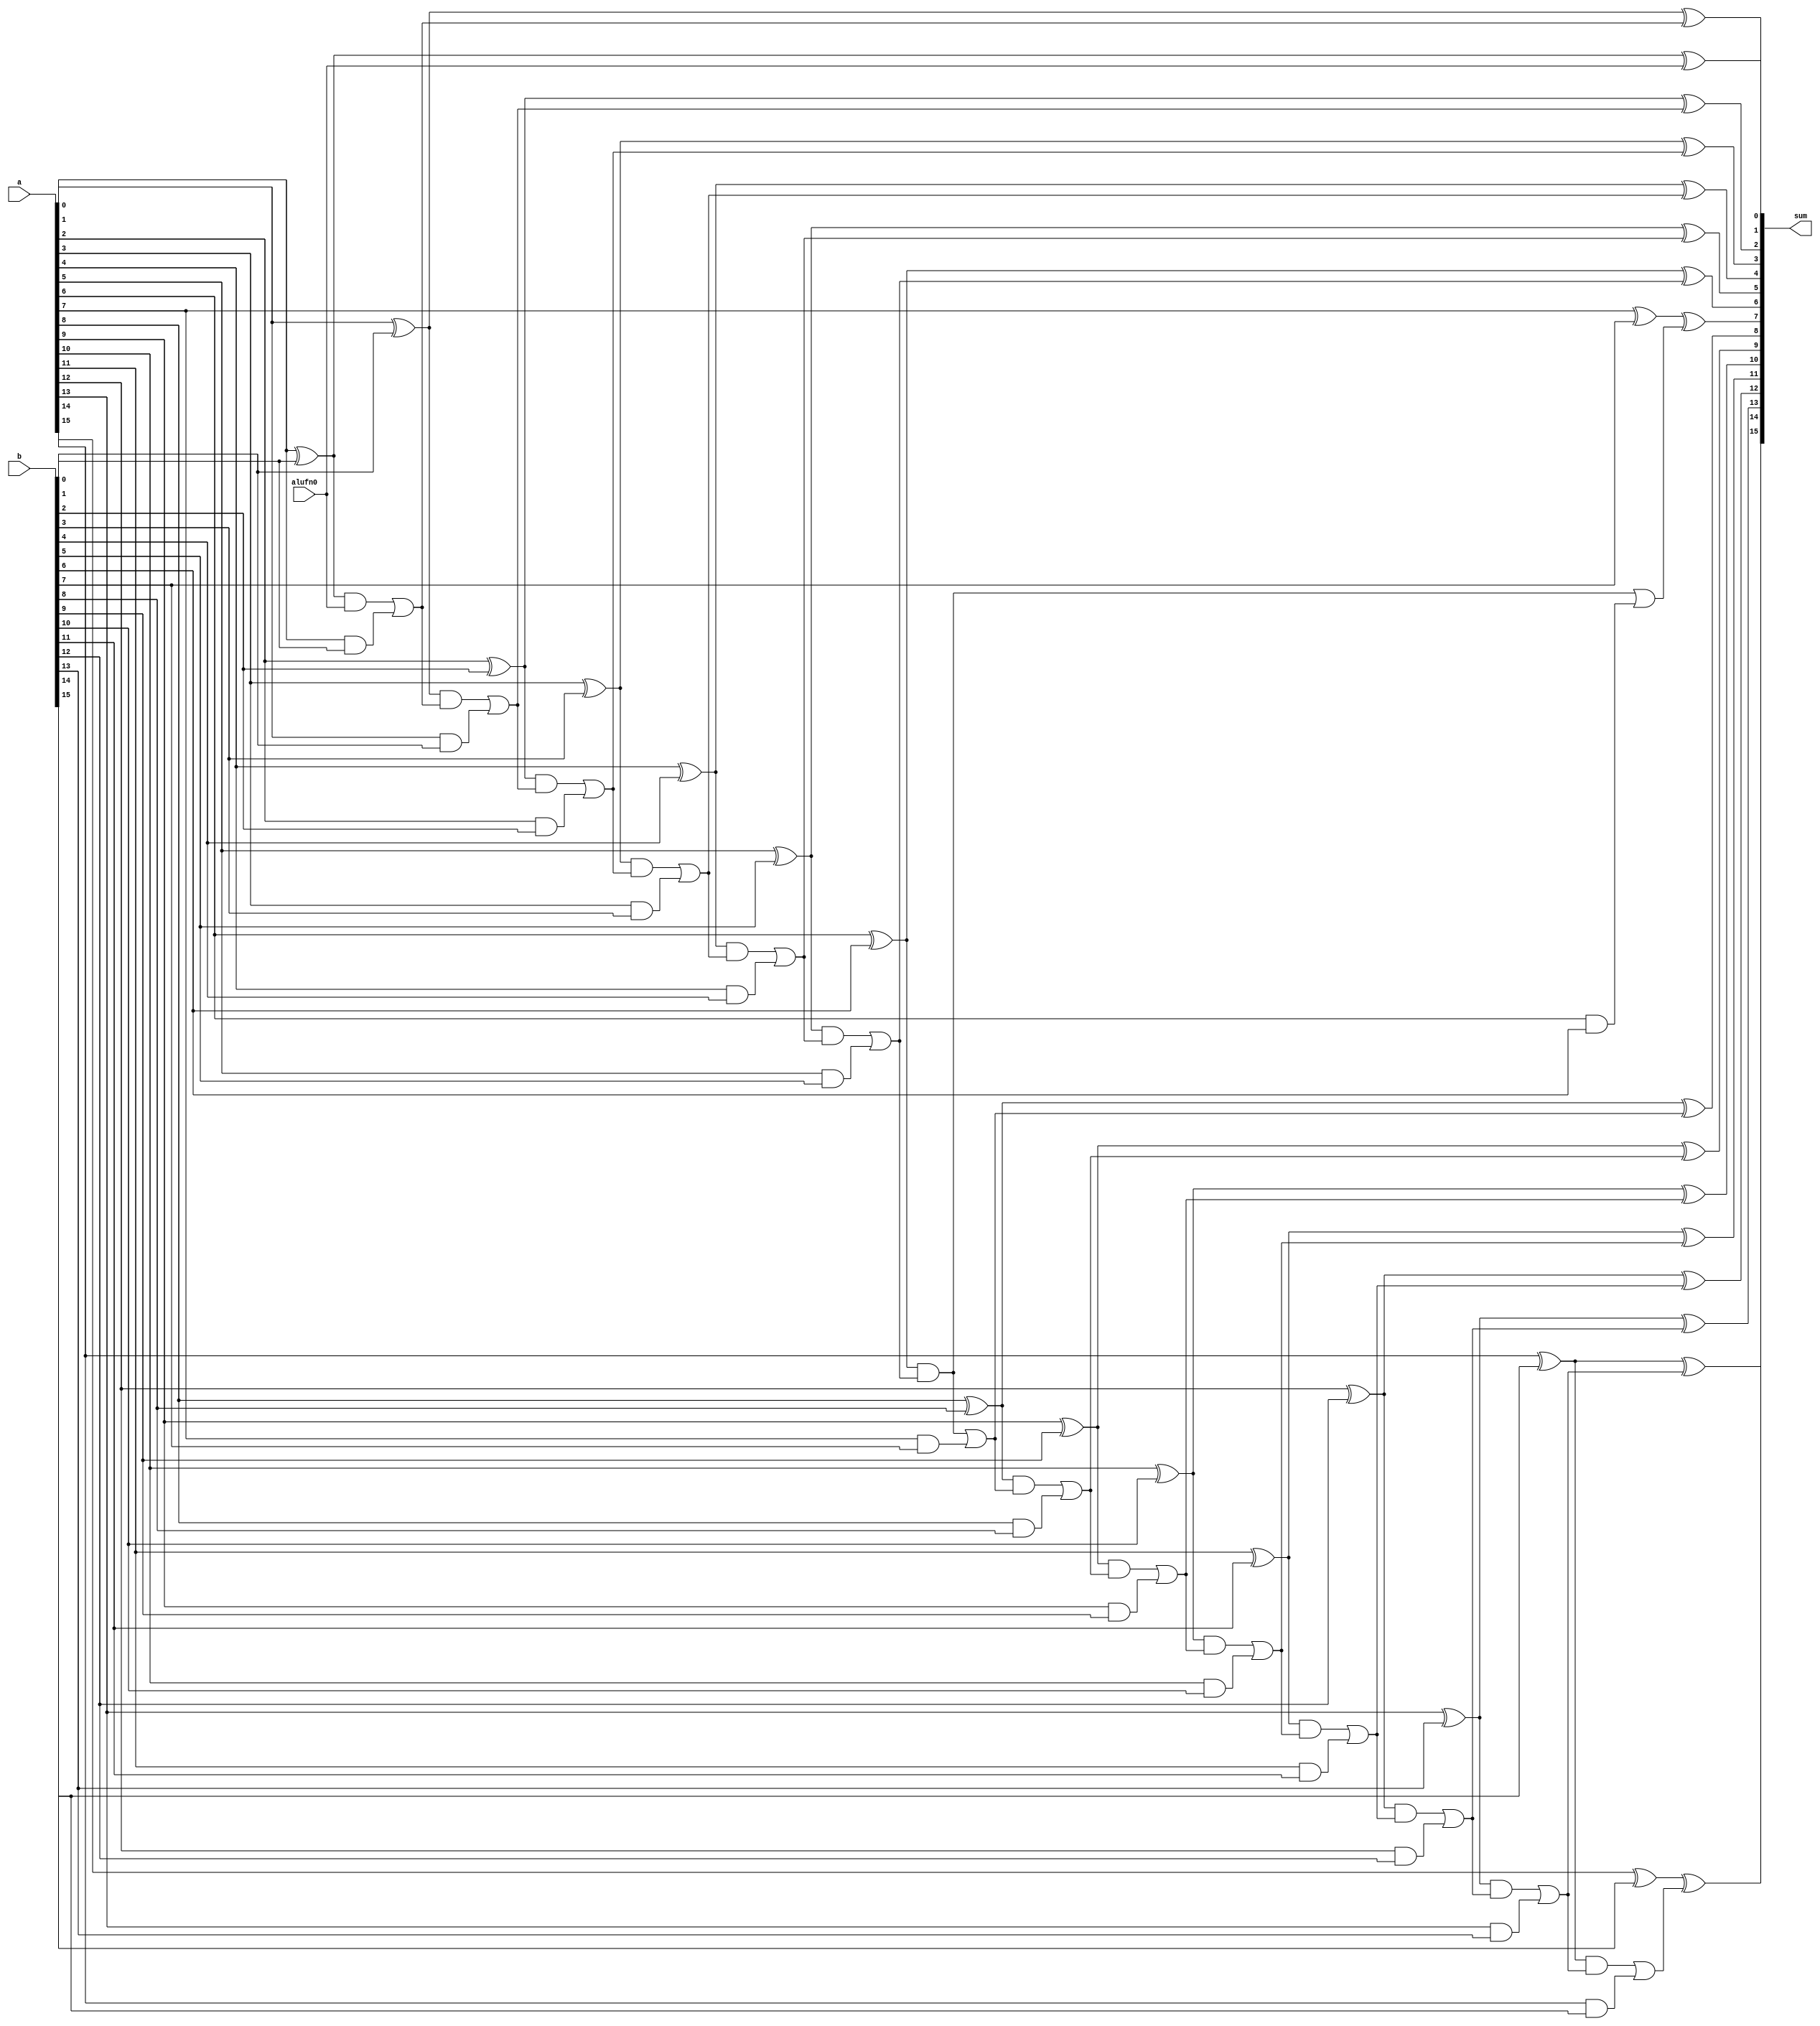
/*
   This file was generated automatically by the Mojo IDE version B1.3.6.
   Do not edit this file directly. Instead edit the original Lucid source.
   This is a temporary file and any changes made to it will be destroyed.
*/

module addition_20 (
    input [15:0] a,
    input [15:0] b,
    input alufn0,
    output reg [15:0] sum
  );
  
  
  
  reg [15:0] cout;
  
  always @* begin
    cout[0+0-:1] = alufn0;
    sum[0+0-:1] = a[0+0-:1] ^ b[0+0-:1] ^ cout[0+0-:1];
    cout[1+0-:1] = ((a[0+0-:1] ^ b[0+0-:1]) & cout[0+0-:1] | a[0+0-:1] & b[0+0-:1]);
    sum[1+0-:1] = a[1+0-:1] ^ b[1+0-:1] ^ cout[1+0-:1];
    cout[2+0-:1] = ((a[1+0-:1] ^ b[1+0-:1]) & cout[1+0-:1] | a[1+0-:1] & b[1+0-:1]);
    sum[2+0-:1] = a[2+0-:1] ^ b[2+0-:1] ^ cout[2+0-:1];
    cout[3+0-:1] = ((a[2+0-:1] ^ b[2+0-:1]) & cout[2+0-:1] | a[2+0-:1] & b[2+0-:1]);
    sum[3+0-:1] = a[3+0-:1] ^ b[3+0-:1] ^ cout[3+0-:1];
    cout[4+0-:1] = ((a[3+0-:1] ^ b[3+0-:1]) & cout[3+0-:1] | a[3+0-:1] & b[3+0-:1]);
    sum[4+0-:1] = a[4+0-:1] ^ b[4+0-:1] ^ cout[4+0-:1];
    cout[5+0-:1] = ((a[4+0-:1] ^ b[4+0-:1]) & cout[4+0-:1] | a[4+0-:1] & b[4+0-:1]);
    sum[5+0-:1] = a[5+0-:1] ^ b[5+0-:1] ^ cout[5+0-:1];
    cout[6+0-:1] = ((a[5+0-:1] ^ b[5+0-:1]) & cout[5+0-:1] | a[5+0-:1] & b[5+0-:1]);
    sum[6+0-:1] = a[6+0-:1] ^ b[6+0-:1] ^ cout[6+0-:1];
    cout[7+0-:1] = ((a[6+0-:1] ^ b[6+0-:1]) & cout[6+0-:1] | a[6+0-:1] & b[6+0-:1]);
    sum[7+0-:1] = a[7+0-:1] ^ b[7+0-:1] ^ cout[7+0-:1];
    cout[8+0-:1] = ((a[6+0-:1] ^ b[6+0-:1]) & cout[6+0-:1] | a[7+0-:1] & b[7+0-:1]);
    sum[8+0-:1] = a[8+0-:1] ^ b[8+0-:1] ^ cout[8+0-:1];
    cout[9+0-:1] = ((a[8+0-:1] ^ b[8+0-:1]) & cout[8+0-:1] | a[8+0-:1] & b[8+0-:1]);
    sum[9+0-:1] = a[9+0-:1] ^ b[9+0-:1] ^ cout[9+0-:1];
    cout[10+0-:1] = ((a[9+0-:1] ^ b[9+0-:1]) & cout[9+0-:1] | a[9+0-:1] & b[9+0-:1]);
    sum[10+0-:1] = a[10+0-:1] ^ b[10+0-:1] ^ cout[10+0-:1];
    cout[11+0-:1] = ((a[10+0-:1] ^ b[10+0-:1]) & cout[10+0-:1] | a[10+0-:1] & b[10+0-:1]);
    sum[11+0-:1] = a[11+0-:1] ^ b[11+0-:1] ^ cout[11+0-:1];
    cout[12+0-:1] = ((a[11+0-:1] ^ b[11+0-:1]) & cout[11+0-:1] | a[11+0-:1] & b[11+0-:1]);
    sum[12+0-:1] = a[12+0-:1] ^ b[12+0-:1] ^ cout[12+0-:1];
    cout[13+0-:1] = ((a[12+0-:1] ^ b[12+0-:1]) & cout[12+0-:1] | a[12+0-:1] & b[12+0-:1]);
    sum[13+0-:1] = a[13+0-:1] ^ b[13+0-:1] ^ cout[13+0-:1];
    cout[14+0-:1] = ((a[13+0-:1] ^ b[13+0-:1]) & cout[13+0-:1] | a[13+0-:1] & b[13+0-:1]);
    sum[14+0-:1] = a[14+0-:1] ^ b[14+0-:1] ^ cout[14+0-:1];
    cout[15+0-:1] = ((a[14+0-:1] ^ b[14+0-:1]) & cout[14+0-:1] | a[14+0-:1] & b[14+0-:1]);
    sum[15+0-:1] = a[15+0-:1] ^ b[15+0-:1] ^ cout[15+0-:1];
  end
endmodule